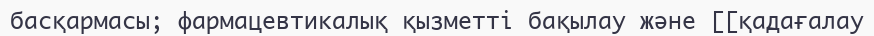
басқармасы; фармацевтикалық қызметті бақылау және [[қадағалау